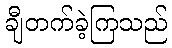
ချီတက်ခဲ့ကြသည်